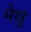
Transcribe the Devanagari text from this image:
मेसु